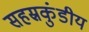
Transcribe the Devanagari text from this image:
सहस्रकुंडीय